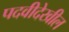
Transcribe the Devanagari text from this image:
पदवीदेखील